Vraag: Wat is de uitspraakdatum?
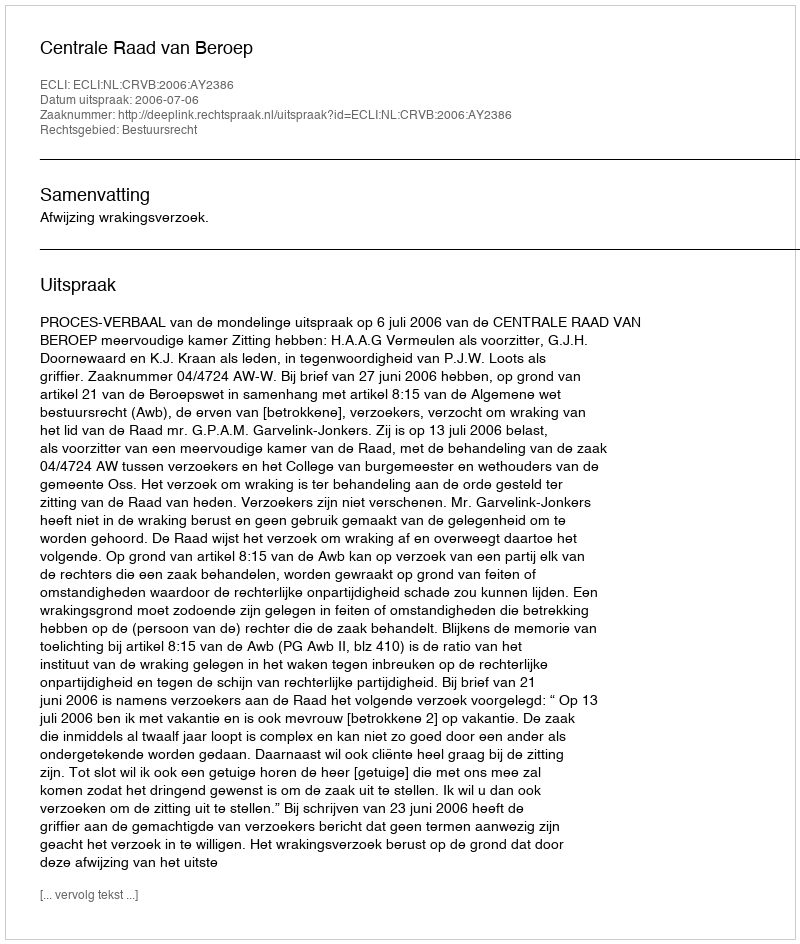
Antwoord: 2006-07-06